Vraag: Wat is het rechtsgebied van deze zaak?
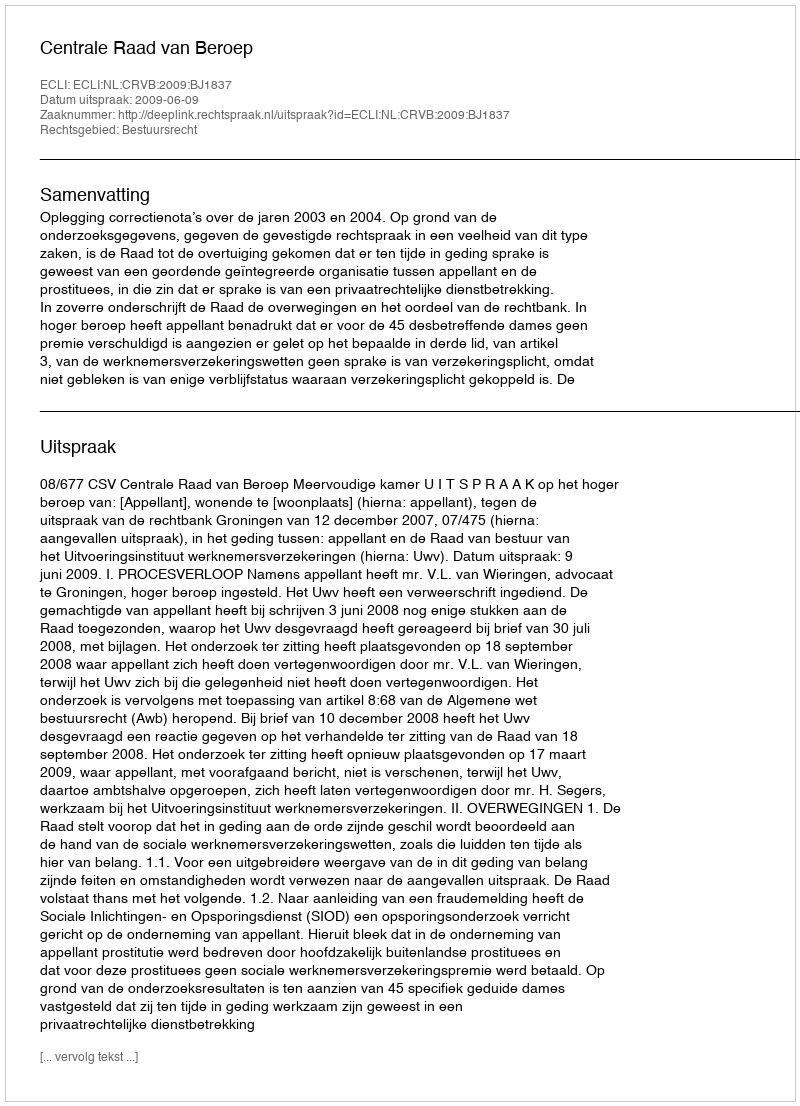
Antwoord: Bestuursrecht